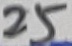
Text: 25